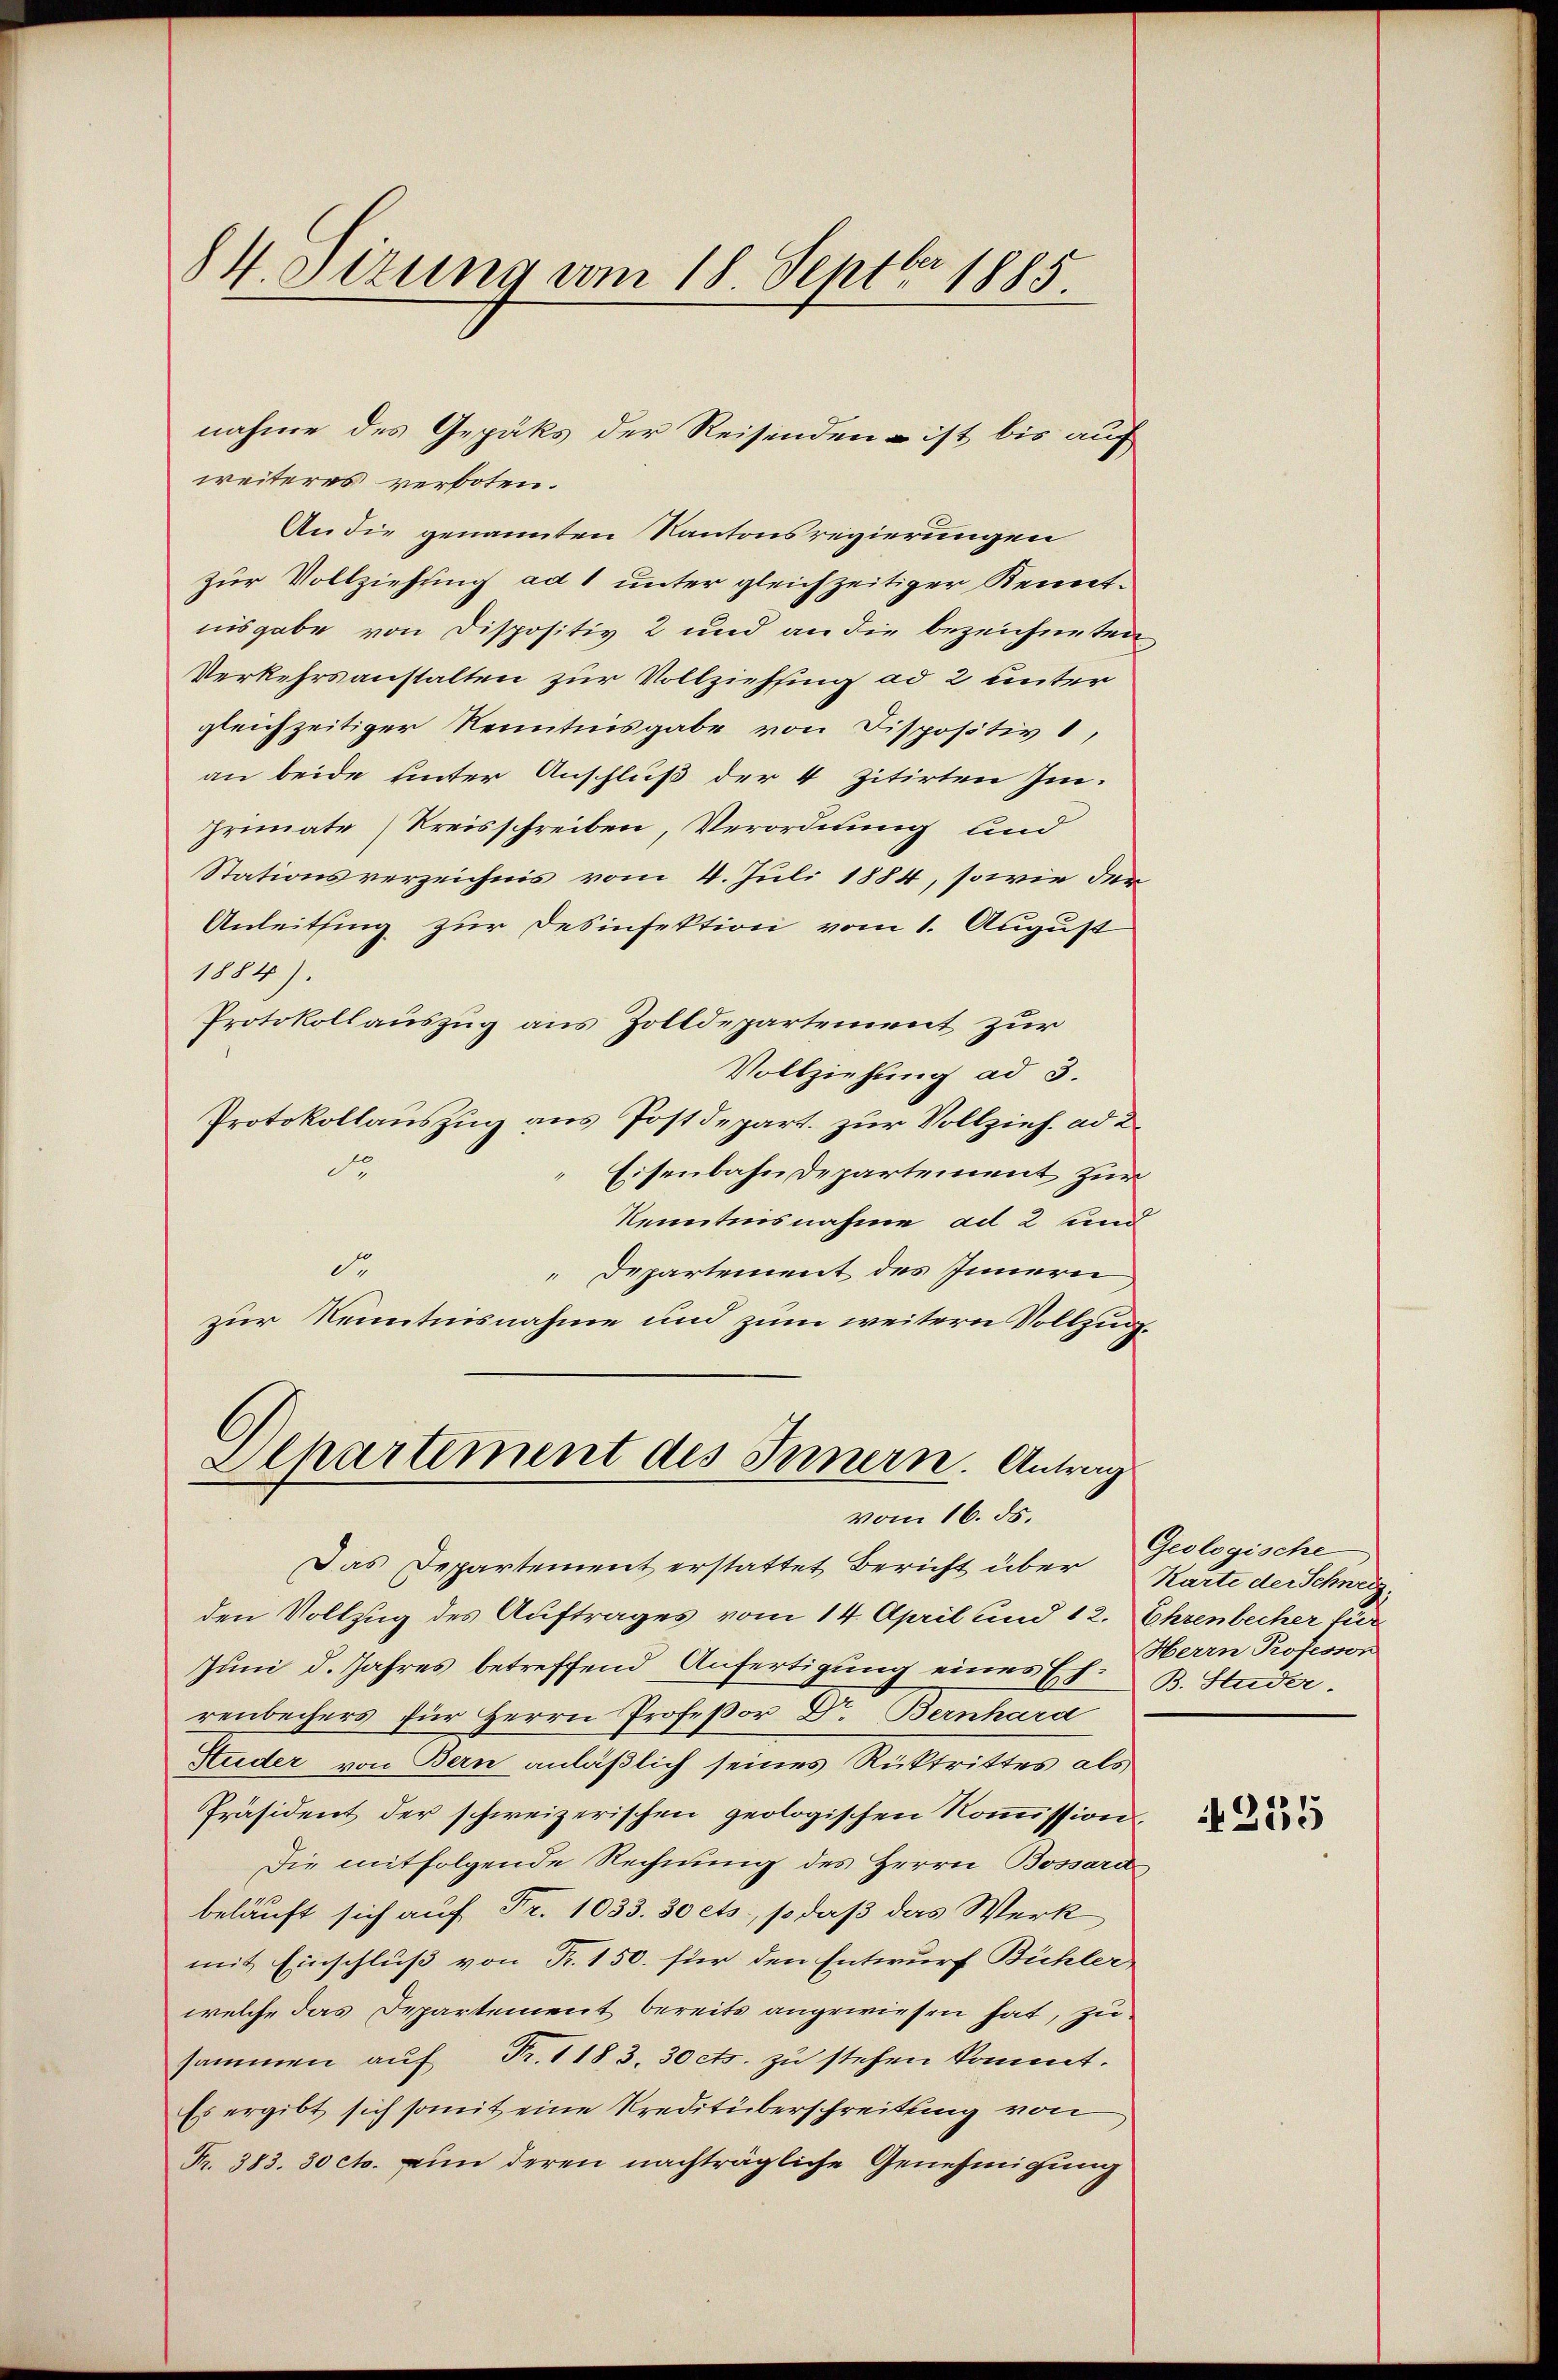
84. Sirung vom 18. Septbr 1885.

weiteres verboten.
An die genannten Kantonsregierungen
zur Vollziehung ad 1 unter gleichzeitiger Kenntnisgabe von Dispositiv 2 und an die bezeichneten
Verkehrsanstalten zur Vollziehung ad 2 unter
gleichzeitiger Nenntnisgabe von Dispositiv 1,
an beide unter Anschluß der 4 zitirten Im-
Primate (Kreisschreiben, Verordnung und
Stationsverzeichnis vom 4. Juli 1884, sowie der
Anleitsing zur Desinfektion vom 1. August
1884).
Protokollauszug aus Zolldepartement zur
Vollziehung ad 3.
Protokollauszug aus Postdepart. zur Vollzieh, ad 2
do
Eisenbahndepartement zur
Kenntnisnahme ad 2 und
d
 Departement des Innern
zur Kenntnisnahme und zum weitern Vollzug¬
Apartement des Innern. Antrag

nahme des Gepäks der Reisenden – ist bis auf

vom 16. ds.

Das Departement erstattet Bericht über
den Vollzug des Auftrages vom 14. April und 12. Ehrenbecher für
Juni d. Jahres betreffend Anfertigung eines E. B. Studer.
renbechers für Herrn Profeßor Dr. Bernhard
Studer von Bern anläßlich seines Rücktrittes als
Präsident der schweizerischen geologischen Kommission.
Die mitfolgende Rechnung des Herrn Bossard,
beläuft sich auf Fr. 1033. 30 ets, so daß das Werk
mit Einschluß von Fr. 150. für den Entwurf Bühler
welche das Departement bereits angewiesen hat, zusammen aŭf Fr. 1183. 30 cts. zu stehen kommt.
Es ergibt sich somit eine Kreditüberschreitung von
Fr. 383. 30 cts. in deren nachträgliche Genehmigung

Geologische
Karte der Schweiz.
Herrn Professor

255